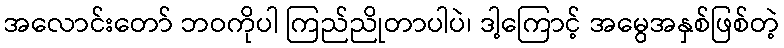
အလောင်းတော် ဘဝကိုပါ ကြည်ညိုတာပါပဲ၊ ဒါ့ကြောင့် အမွေအနှစ်ဖြစ်တဲ့